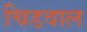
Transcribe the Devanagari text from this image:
चिडवाल